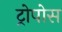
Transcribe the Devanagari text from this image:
ट्रोपोस